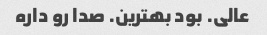
عالی. بود بهترین. صدا رو داره